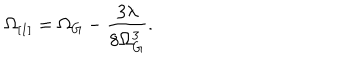
\Omega _ { [ 1 ] } = \Omega _ { G } - \frac { 3 \lambda } { 8 \Omega _ { G } ^ { 3 } } .